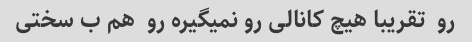
رو  تقریبا هیچ کانالی رو نمیگیره رو  هم ب سختی